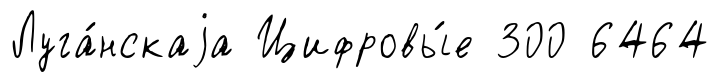
Луга́нскаjа Цифровы́е 300 6464